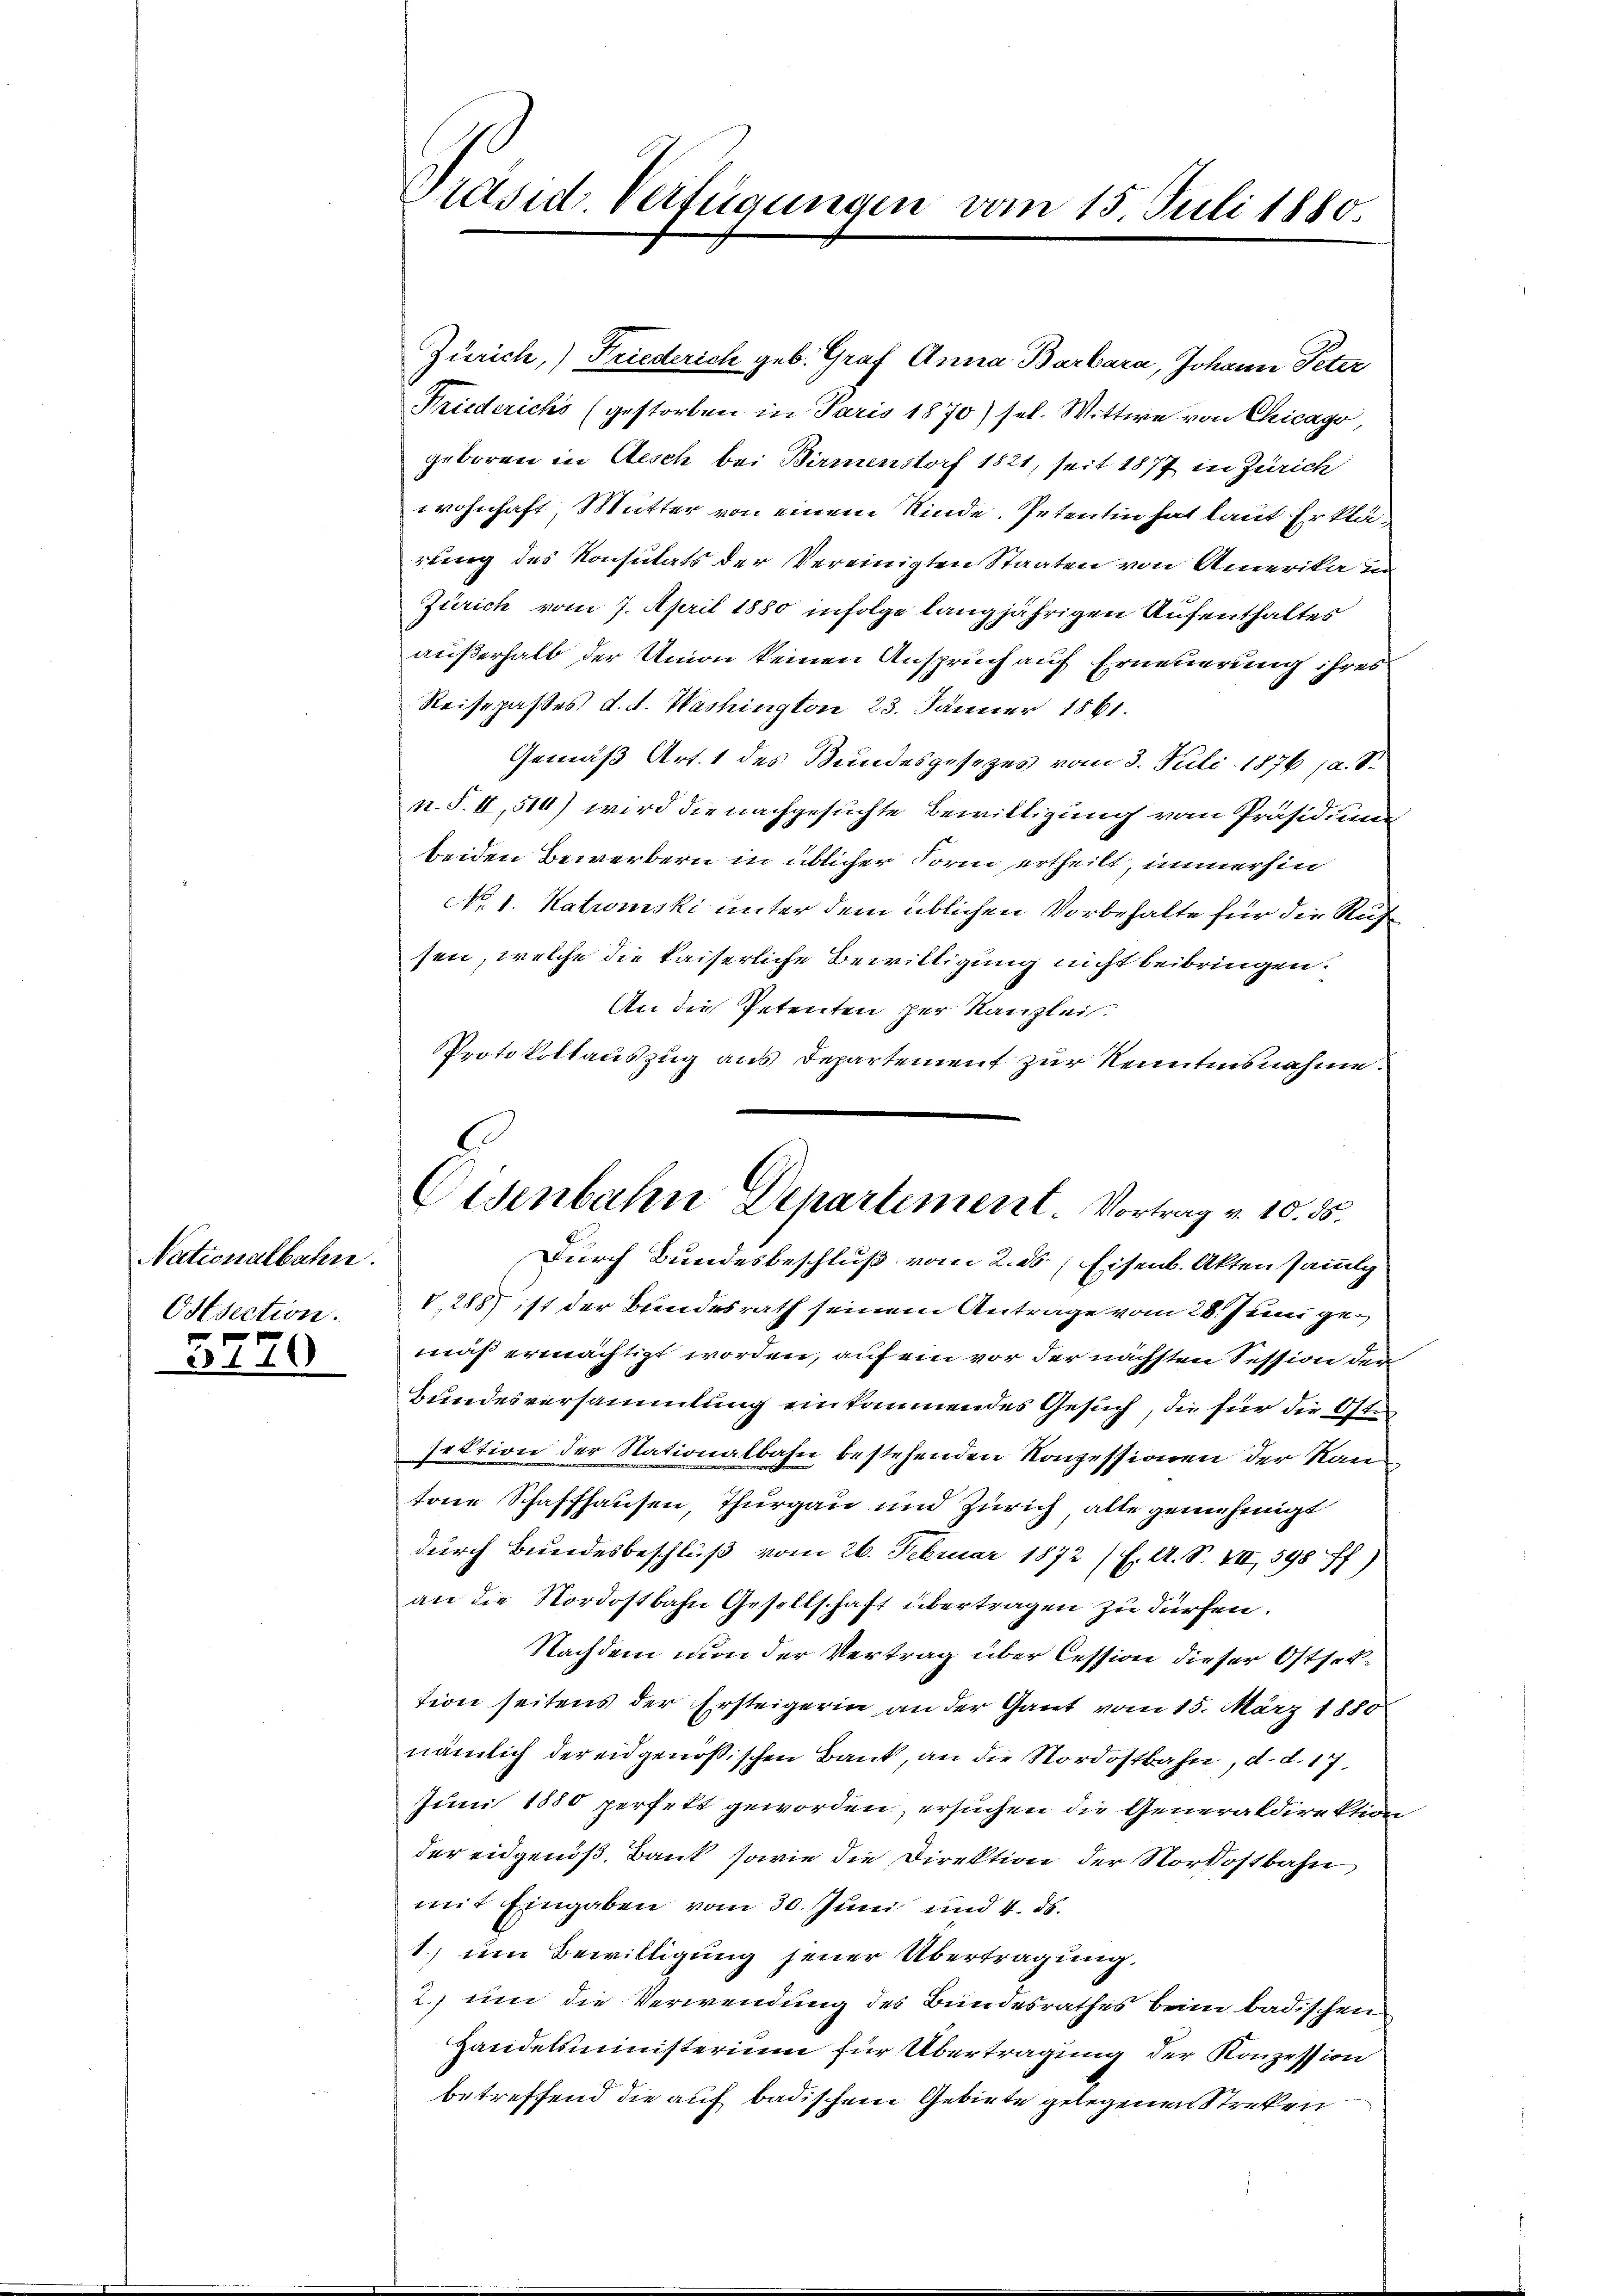
Nationalbahn.
Ostsection.

3770

Präsid. Verfügungen vom 15. Juli 1880

Zürich,) Friederich geb. Graf Anna Barbara, Johann Peter
Friederichs (gestorben in Paris 1870) sel. Wittwe von Chicago,
geboren in Aesch bei Birmenstorf 1821, seit 1877 in Zürich
wohnhaft, Mutter von einem Kinde. Petentin hat laut Erkläruung des Konsulats der Vereinigten Staaten von Amerika in
Zürich vom 7. April 1880 infolge langjährigen Aufenthaltes
außerhalb der Union keinen Anspruch auf Erneuerung ihres
Reisepasses d. d. Washington 23. Jänner 1861.
Gemäß Art. 1 des Bundesgesezes vom 3. Juli 1876 (a. S.
n.S. II, 510) wird die nachgesuchte Bewilligung vom Präsidium
beiden Bewerbern in üblicher Form ertheilt, immerhin
No. 1. Kationski unter dem üblichen Vorbehalte für die Rufsen, welche die kaiserliche Bewilligung nicht beibringen.
An die Petenten zur Kanzlei.
Protokollauszug aus Departement zur Kenntnisnahme.
Durch Bundesbeschluß vom 2. ds. Eisenb. Akten sammli
V,288) ist der Bundesrath seinem Antrage vom 28. Juni gemäß ermächtigt worden, auf ein vor der nächsten Session der
Bundesversammlung einkommendes Gesuch, die für die Oste
section der Stationalbahn bestehenden Konzessionen der Kantone Schaffhausen, Thurgau und Zürich, alle genehmigt
durch Bundesbeschluß vom 26. Februar 1872 (s. A. S. VII, 598 ff.
an die Nordostbahn Gesellschaft übertragen zu dürfen.
Nachdem nun der Vertrag über Cession dieser Ostsektion seitens der Ersteigerin an der Gant vom 15. März 1880
nämlich der eidgenößischen Bank, an die Nordostbahn, d. d. 17.
Juni 1880 perfett geworden, ersuchen die Generaldirekti
der eidgenoß, Bank, sowie die Direktion der Nordostbahn
mit Eingaben vom 30. Juni und 4. ds.
1.) um Bewilligung jener Übertragung.
2.) um die Verwendung des Bundesrathes beim badischen
Handelsministerium für Übertragung der Konzession
betreffend die auf badischem Gebiete gelegenen Streken

Eisenbahn Departement. Vortrag v. 10. ds.